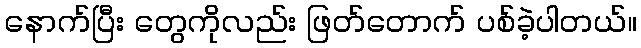
နောက်ပြီး တွေကိုလည်း ဖြတ်တောက် ပစ်ခဲ့ပါတယ်။